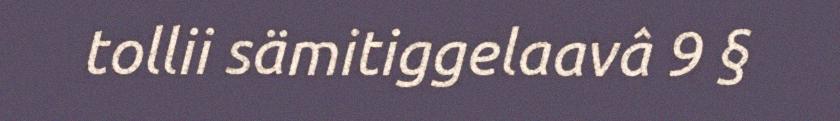
tollii sämitiggelaavâ 9 §